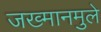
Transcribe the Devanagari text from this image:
जख्मानमुले